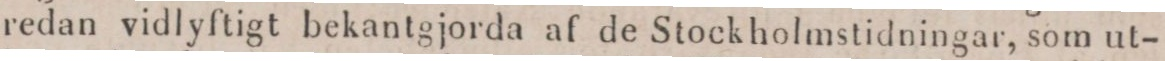
redan vidlyftigt bekantgjorda af de Stockholmstidningar, som ut-